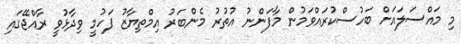
މި މައްސަލައަށް ބަހުސްކުރައްވަމުން މާފަންނު އުތުރު މެންބަރު އިމްތިޔާޒު ފަހުމީ ވިދާޅުވީ ރާއްޖޭގައި